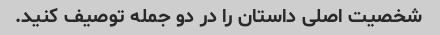
شخصیت اصلی داستان را در دو جمله توصیف کنید.